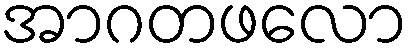
အာဂတဖလော